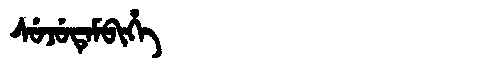
Manchu: ᠰᡠᠵᡠᡨᡝᠮᠪᡳᡥᡝ
Romanization: SUJUTEMBIHE